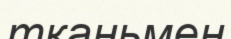
тканьмен